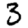
Digit: 3